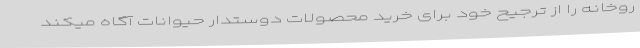
روخانه را از ترجیح خود برای خرید محصولات دوستدار حیوانات آگاه میکند